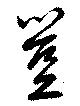
豈